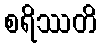
စရိဿတိ